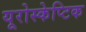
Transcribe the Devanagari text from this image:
यूरोस्केप्टिक